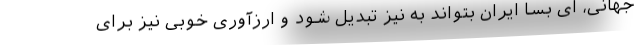
جهانی، ای بسا ایران بتواند به نیز تبدیل شود و ارزآوری خوبی نیز برای